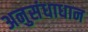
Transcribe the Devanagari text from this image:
अनुसंधाधान